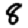
Digit: 8